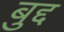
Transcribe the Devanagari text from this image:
बुद्द